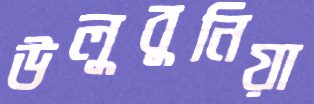
উলুবুনিয়া